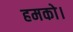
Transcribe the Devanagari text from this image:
हमको।